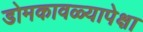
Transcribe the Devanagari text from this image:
डोमकावळ्यापेक्षा